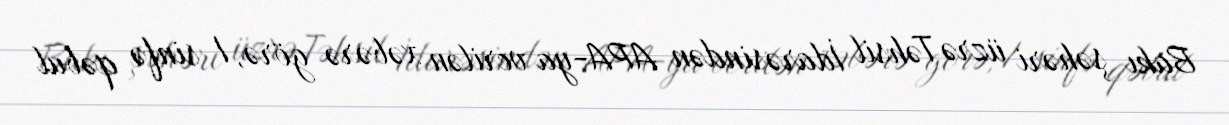
Bakı şəhəri üzrə Təhsil İdarəsindən APA-ya verilən xəbərə görə, I sinfə qəbul